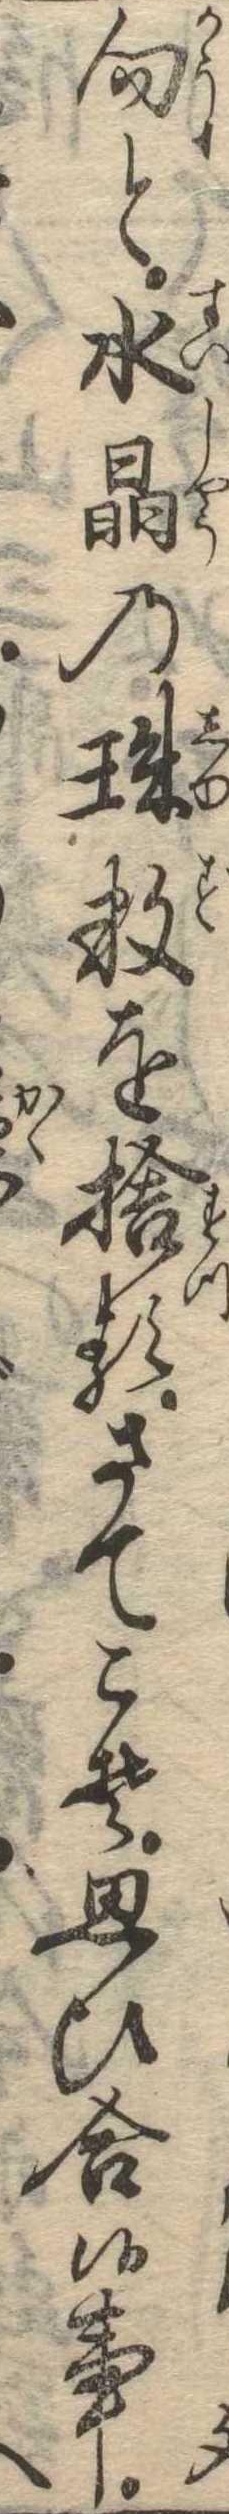
向と水晶の珠数を捨るさてこそ思ひ合候事